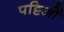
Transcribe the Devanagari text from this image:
पट्टिओं